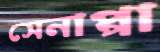
সেনাপ্পা